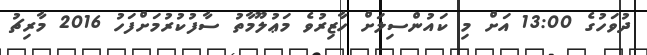
ދުވަހުގެ 13:00 އަށް މި ކައުންސިލަށް ހާޒިރުވެ މަޢުލޫމާތު ސާފުކުރުމަށްފަހު 2016 މާރިޗު